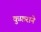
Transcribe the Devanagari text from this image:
कुफ़राने